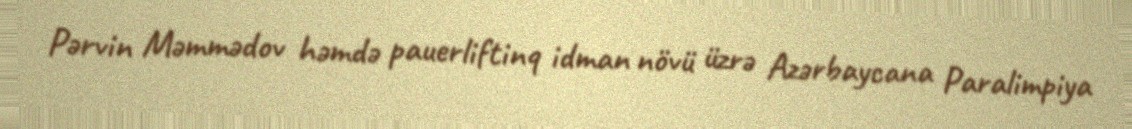
Pərvin Məmmədov həmdə pauerliftinq idman növü üzrə Azərbaycana Paralimpiya